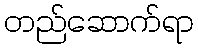
တည်ဆောက်ရာ